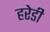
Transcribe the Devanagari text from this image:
हरेडी